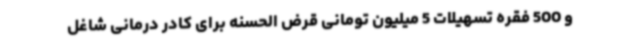
و 500 فقره تسهیلات 5 میلیون تومانی قرض الحسنه برای کادر درمانی شاغل